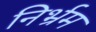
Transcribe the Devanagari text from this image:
निर्भ्रम